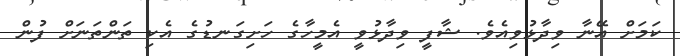
ކަމަށް އޭނާ ވިދާޅުވިއެވެ. ޝާފީ ވިދާޅުވީ އެމީހާގެ ހަށިގަނޑުގެ އެކި ތަންތަނަށް ފުން